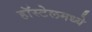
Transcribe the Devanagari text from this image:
हॉस्टेलमध्ये